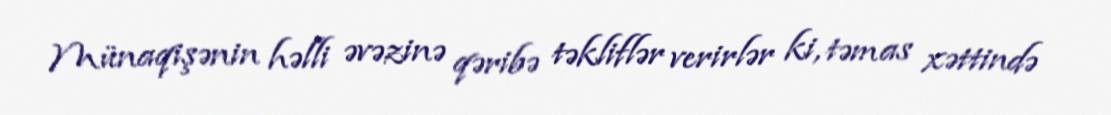
Münaqişənin həlli əvəzinə qəribə təkliflər verirlər ki, təmas xəttində